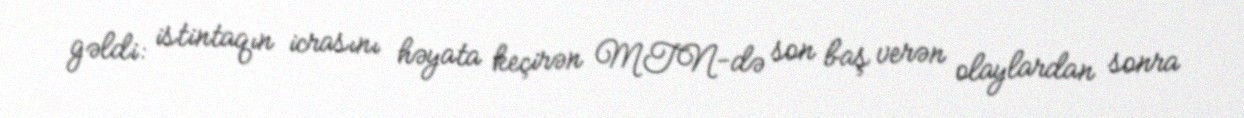
gəldi: istintaqın icrasını həyata keçirən MTN-də son baş verən olaylardan sonra